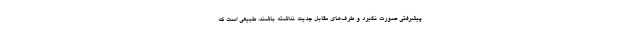
پیشرفتی صورت نگیرد و طرف‌های مقابل جدیت نداشته باشند، طبیعی است که